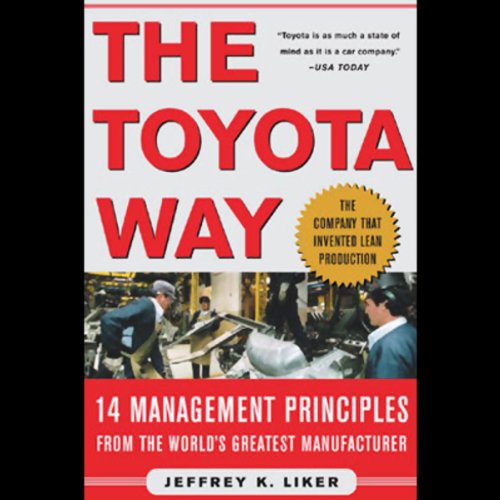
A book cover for The Toyota Way; Jeffrey Liker; Engineering & Transportation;